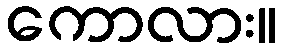
ကောလား။